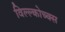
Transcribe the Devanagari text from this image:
विल्ल्कोच्क्स